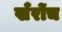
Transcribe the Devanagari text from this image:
खँरोंच